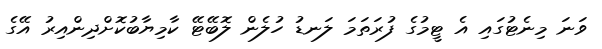
ވަނަ މިނެޓުގައި އެ ޓީމުގެ ފުރަތަމަ ލަނޑު ހުލެން ލޮބޭޓޭ ކާމިޔާބުކޮށްދިންއިރު އޭގެ